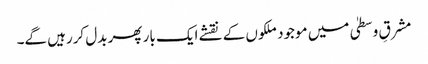
مشرقِ وسطیٰ میں موجود ملکوں کے نقشے ایک بار پھر بدل کررہیں گے۔